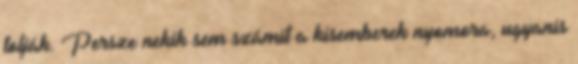
tolják. Persze nekik sem számít a kisemberek nyomora, ugyanis